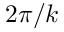
2 \pi / k